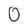
Character: 0